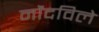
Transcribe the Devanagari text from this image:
नोंंदविले